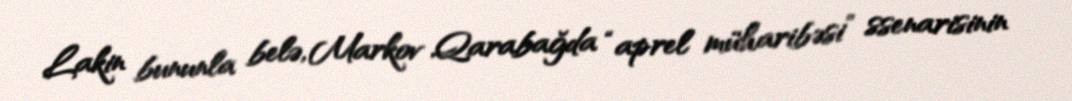
Lakin bununla belə, Markov Qarabağda “aprel müharibəsi” ssenarisinin